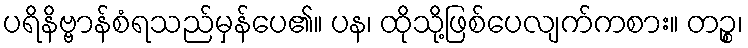
ပရိနိဗ္ဗာန်စံရသည်မှန်ပေ၏။ ပန၊ ထိုသို့ဖြစ်ပေလျက်ကစား။ တဉ္စ၊